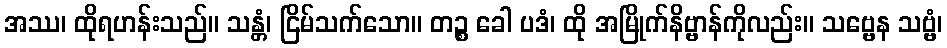
အဿ၊ ထိုရဟန်းသည်။ သန္တံ၊ ငြိမ်သက်သော။ တဉ္စ ခေါ ပဒံ၊ ထို အမြိုက်နိဗ္ဗာန်ကိုလည်း။ သဗ္ဗေန သဗ္ဗံ၊